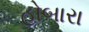
હોબારા